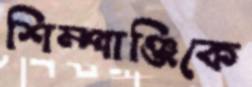
শিম্পাঞ্জিকে